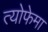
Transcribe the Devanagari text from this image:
त्योफेमा